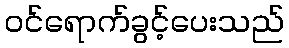
ဝင်ရောက်ခွင့်ပေးသည်